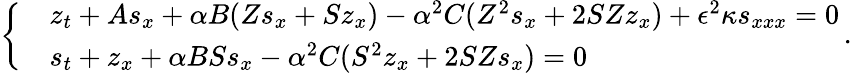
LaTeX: \left\{ \begin{array}{rl}&{z_{t}+As_{x}+\alpha B(Zs_{x}+Sz_{x})-\alpha^{2}C(Z^{2}s_{x}+2SZz_{x})+\epsilon^{2}\kappa s_{xxx}=0}\\ &{s_{t}+z_{x}+\alpha BSs_{x}-\alpha^{2}C(S^{2}z_{x}+2SZs_{x})=0}\end{array}\right.\, .